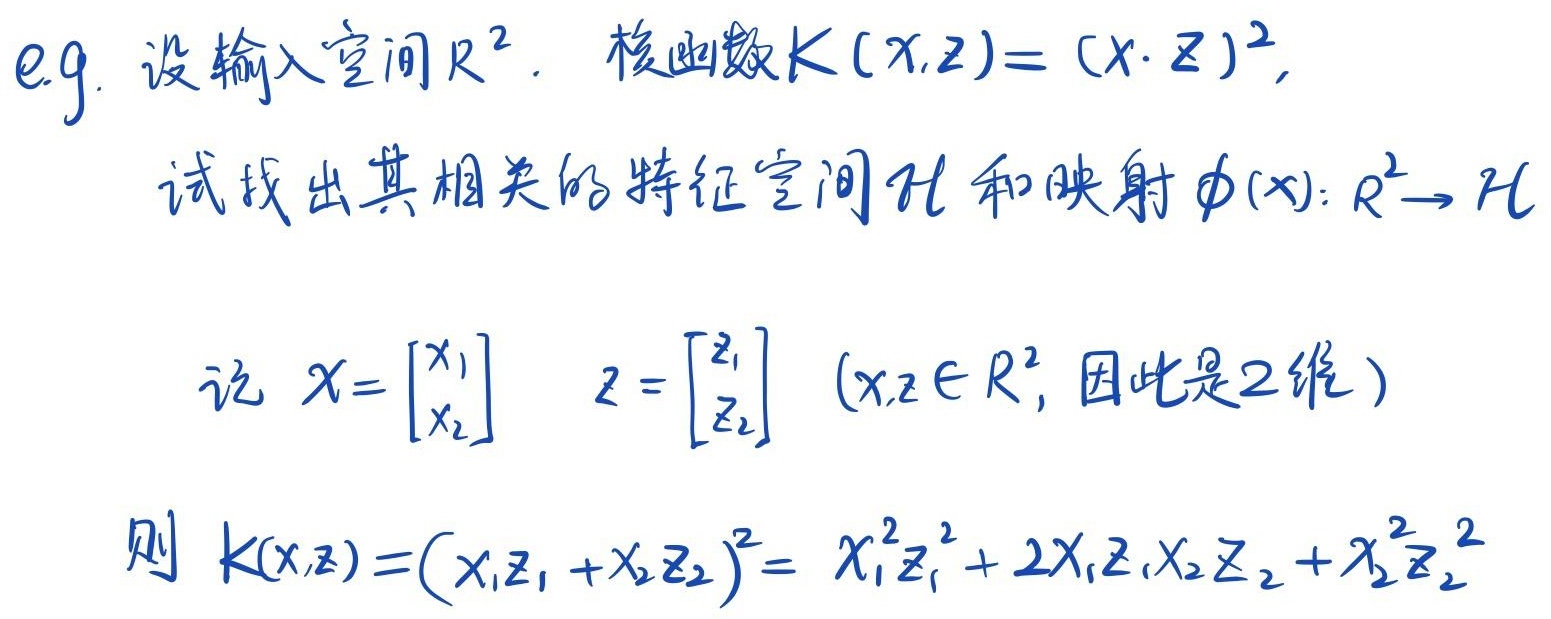
e.g. 设输入空间\(\mathbb{R}^2\)。核函数\(K(x,z)=(x\cdot z)^2\)，试找出其相关的特征空间\(\mathcal{H}\)和映射\(\phi(x):\mathbb{R}^2 \to \mathcal{H}\)。

记\(x = \begin{bmatrix}x_1\\x_2\end{bmatrix}\)，\(z = \begin{bmatrix}z_1\\z_2\end{bmatrix}\)（\(x,z\in\mathbb{R}^2\)，因此是\(2\)维）。则
\[
K(x,z)=(x_1z_1 + x_2z_2)^2= x_1^2z_1^2 + 2x_1z_1x_2z_2 + x_2^2z_2^2
\]